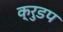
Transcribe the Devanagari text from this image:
क्रुडप